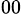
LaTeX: ^{00}